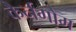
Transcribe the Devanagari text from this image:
कैर्नगोम